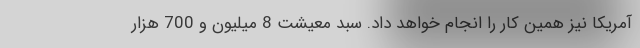
آمریکا نیز همین کار را انجام خواهد داد. سبد معیشت 8 میلیون و 700 هزار